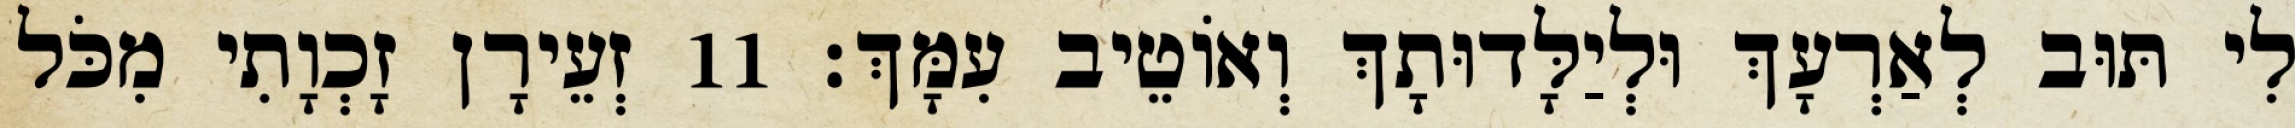
לִי תּוּב לְאַרְעָךְ וּלְיַלָּדוּתָךְ וְאוֹטֵיב עִמָּךְ׃ 11 זְעֵירָן זָכְוָתִי מִכֹּל